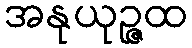
အနုယုဉ္ဇထ